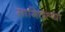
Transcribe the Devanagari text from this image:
सागितल्या